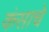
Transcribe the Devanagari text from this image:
कंसाचे